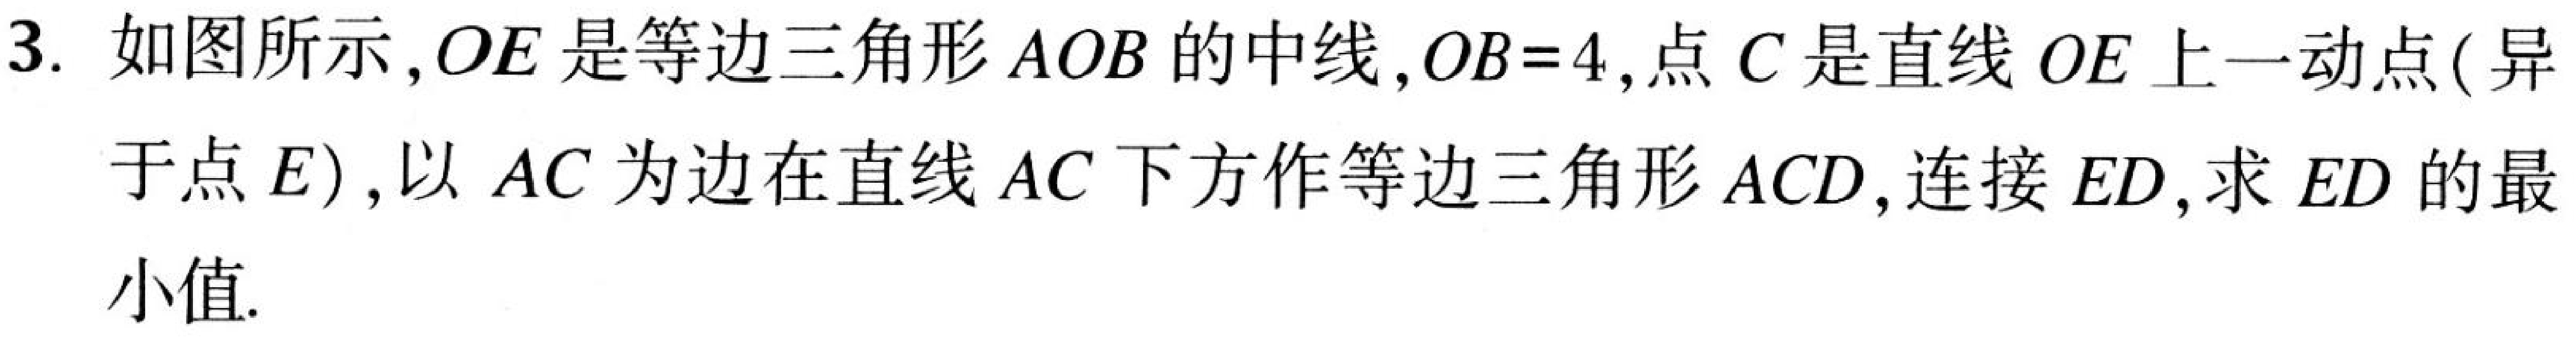
3. 如图所示，$OE$是等边三角形$AOB$的中线，$OB = 4$，点$C$是直线$OE$上一动点(异
于点$E$)，以$AC$为边在直线$AC$下方作等边三角形$ACD$，连接$ED$，求$ED$的最
小值.